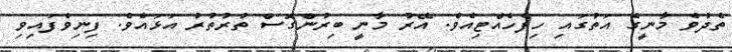
ތެދުވެ މާނީގެ އަތުގައި ހިފެހެއްޓިއެވެ. އޭރު މާނީ ބިރުންގޮސް ތުރުތުރު އަޅައެވެ. ފިނިވެފައިވި